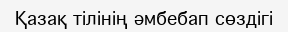
Қазақ тілінің әмбебап сөздігі